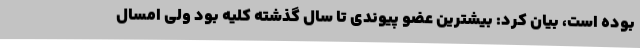
بوده است، بیان کرد: بیشترین عضو پیوندی تا سال گذشته کلیه بود ولی امسال